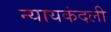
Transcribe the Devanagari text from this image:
न्यायकंदली